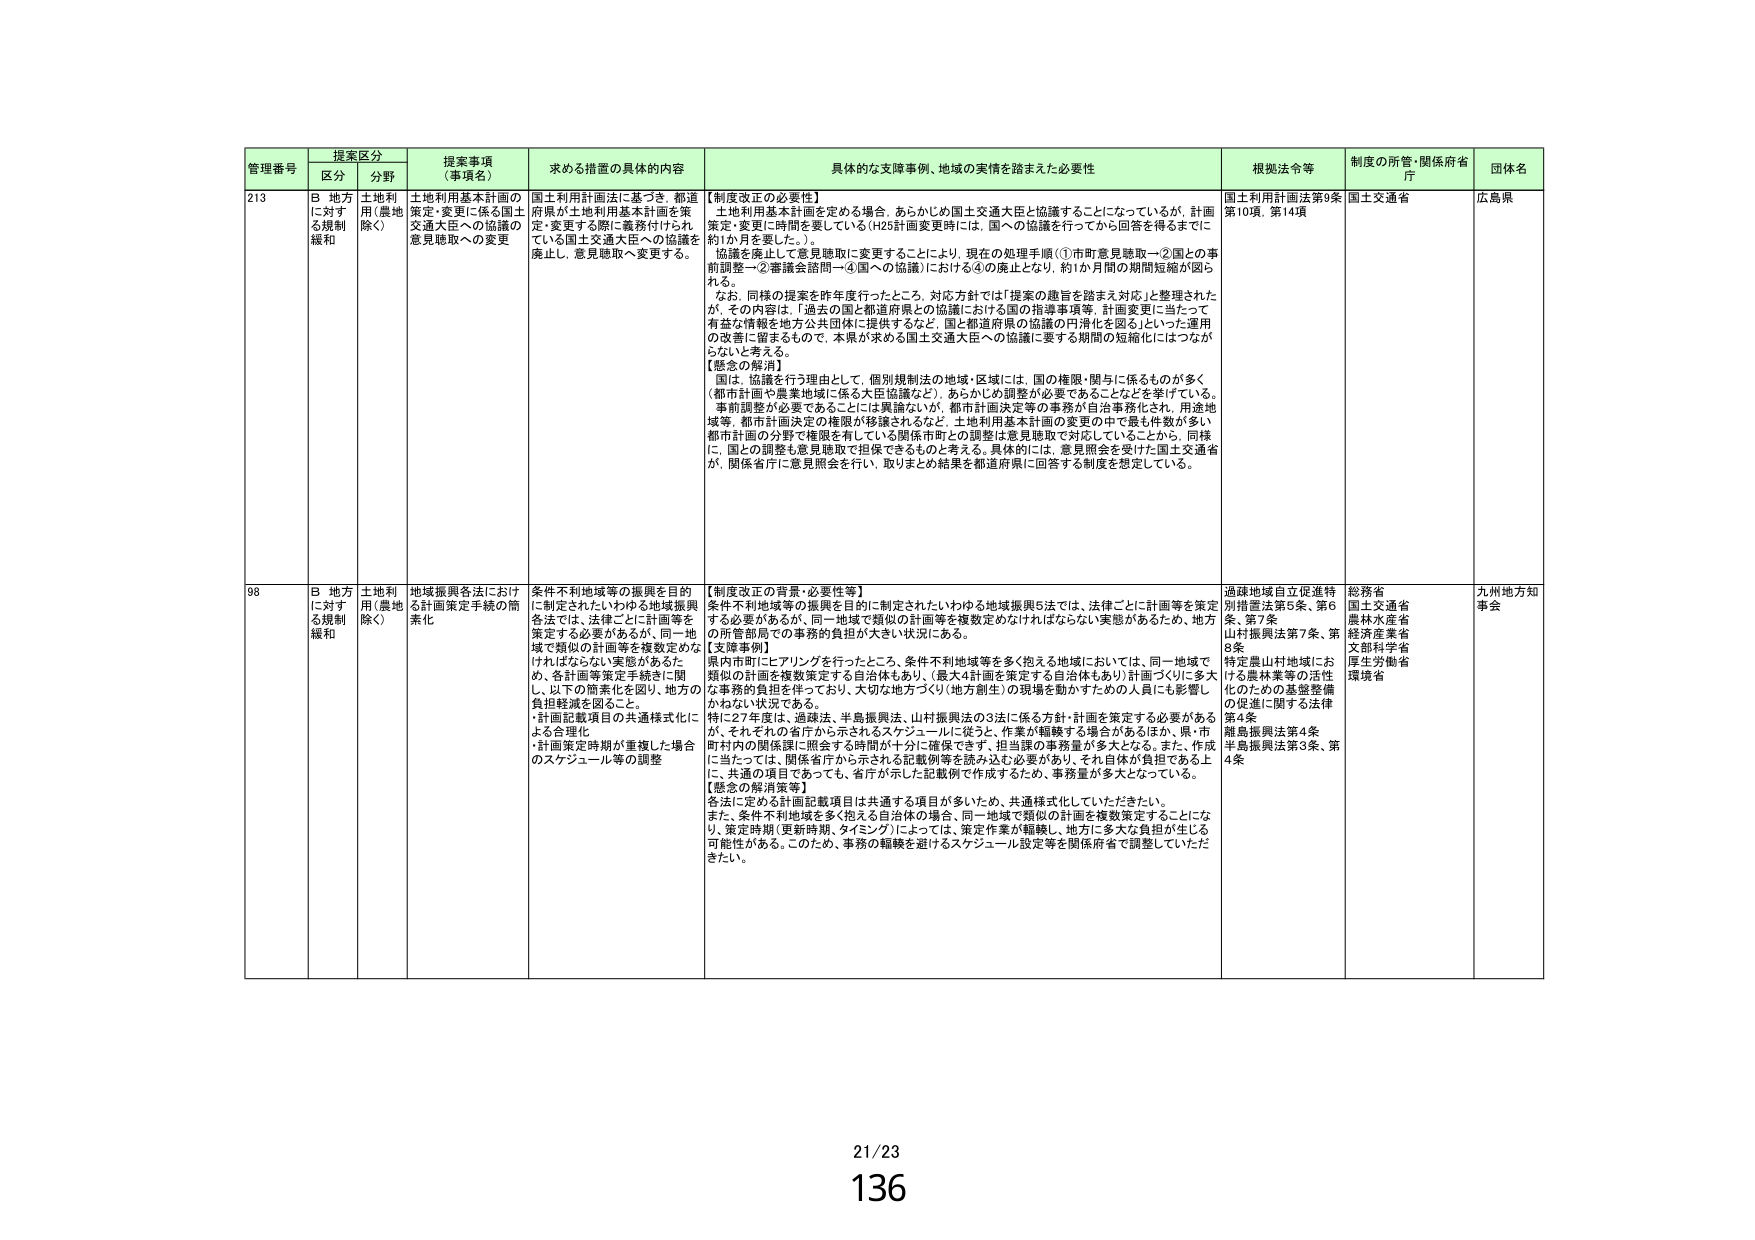
管理番号 提案区分 提案事項（事項名） 求める措置の具体的内容 具体的な支援事例、地域の実情を踏まえた必要性 根拠法令等 制度の所管・関係府省庁 団体名
区分 分野
213 B 地方に対する規制緩和 土地利用（農地除く） 土地利用基本計画の策定・変更に係る国土交通大臣への協議の意見聴取への変更 国土利用計画法に基づき、都道府県が土地利用基本計画を策定・変更する際に義務付けられている国土交通大臣への協議を廃止し、意見聴取へ変更する。 【制度改正の必要性】 土地利用基本計画を定める場合、あらかじめ国土交通大臣と協議することになっているが、計画策定・変更に時間を要している（H25計画変更時には、国への協議を行ってから回答を得るまでに約1か月を要した。）。 協議を廃止して意見聴取に変更することにより、現在の処理手順（①市町意見聴取→②国との事前調整→②審議会諮問→④国への協議）における④の廃止となり、約1か月間の期間短縮が図られる。 なお、同様の提案を昨年度行ったところ、対応方針では「提案の趣旨を踏まえ対応」と整理されたが、その内容は、「過去の国と都道府県との協議における国の指導事項等、計画変更に当たって有益な情報を地方公共団体に提供するなど、国と都道府県の協議の円滑化を図る」といった運用の改善に留まるもので、本県が求める国土交通大臣への協議に要する期間の短縮化にはつながらないと考える。 【懸念の解消】 国は、協議を行う理由として、個別規制法の地域・区域には、国の権限・関与に係るものが多く（都市計画や農業地域に係る大臣協議など）、あらかじめ調整が必要であることを挙げている。 事前調整が必要であることは異論ないが、都市計画決定等の事務が自治事務化され、用途地域等、都市計画決定の権限が移譲されるなど、土地利用基本計画の変更の中で最も件数が多い都市計画の分野で権限を有している関係市町との調整は意見聴取で対応していることから、同様に、国の調整も意見聴取で担保できるものと考える。具体的には、意見照会を受けた国土交通省が、関係省庁に意見照会を行い、取りまとめ結果を都道府県に回答する制度を想定している。 国土利用計画法第9条第10項、第14項 国土交通省 広島県
98 B 地方に対する規制緩和 土地利用（農地除く） 地域振興各法における計画策定手続の簡素化 条件不利地域等の振興を目的に制定されたいわゆる地域振興各法では、法律ごとに計画等を策定する必要があるが、同一地域で類似の計画等を複数定めなければならない実態があるため、各計画等策定手続きに関し、以下の簡素化を図り、地方の負担軽減を図ること。 ・計画記載項目の共通様式化による合理化 ・計画策定時期が重複した場合のスケジュール等の調整 【制度改正の背景・必要性等】 条件不利地域等の振興を目的に制定されたいわゆる地域振興5法では、法律ごとに計画等を策定する必要があるが、同一地域で類似の計画等を複数定めなければならない実態があるため、地方の所管部局での事務的負担が大きい状況にある。 【支援事例】 県内市町にヒアリングを行ったところ、条件不利地域等を多く抱える地域においては、同一地域で類似の計画を複数策定する自治体もあり、（最大4計画を策定する自治体もあり）計画づくりに多大な事務的負担を伴っており、大切な地方づくり（地方創生）の現場を動かすための人員にも影響しかねない状況である。 特に27年度は、過疎法、半島振興法、山村振興法の3法に係る方針・計画を策定する必要があるが、それぞれの省庁から示されるスケジュールに従うと、作業が重複する場合があるほか、県・市町村内の関係課に提出する時期が十分に確保できず、担当課の事務量が多大となる。また、作成に当たっては、関係省庁から示される記載例等を読み込む必要があり、それ自体が負担である上に、共通の項目であるため、省庁が示した記載例で作成するため、事務量が多大となっている。 【懸念の解消策等】 各法に定める計画記載項目は共通する項目が多いため、共通様式化していただきたい。 また、条件不利地域を多く抱える自治体の場合、同一地域で類似の計画を複数策定することにな り、策定時期（更新時期、タイミング）によっては、策定作業が重複し、地方に多大な負担が生じる可能性がある。このため、事務の重複を避けるスケジュール設定等を関係府省で調整していただきたい。 過疎地域自立促進特別措置法第5条、第6条、第7条 山村振興法第7条、第8条 特定農山村地域における農林業等の活性化のための基盤整備の促進に関する法律第4条 離島振興法第4条 半島振興法第3条、第4条 総務省 国土交通省 農林水産省 経済産業省 文部科学省 厚生労働省 環境省 九州地方知事会
21/23 136